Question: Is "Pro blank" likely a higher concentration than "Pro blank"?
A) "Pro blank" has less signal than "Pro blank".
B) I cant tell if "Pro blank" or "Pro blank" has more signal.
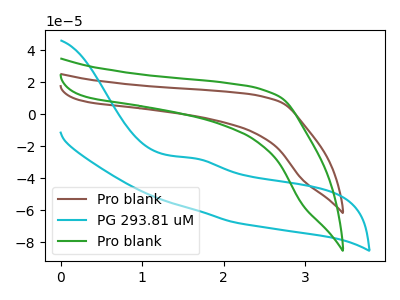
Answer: <think>The brown curve "Pro blank" has no peaks. The cyan curve "PG 293.81 uM" has an anodic peak at: (1.65V, -27.45uA). The green curve "Pro blank" has no peaks.
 Neither "Pro blank" or "Pro blank" have any peaks.</think>
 <answer>B) I cant tell if "Pro blank" or "Pro blank" has more signal.</answer>
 <eval>B</eval>